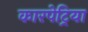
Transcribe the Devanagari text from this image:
कारपेट्रिया